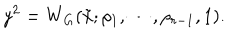
y ^ { 2 } = W _ { G } ( \tilde { x } ; \rho _ { 1 } , \cdots , \rho _ { r - 1 } , 1 ) .